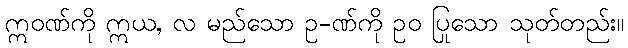
ဣဝဏ်ကို ဣယ, လ မည်သော ဥ-ဏ်ကို ဥဝ ပြုသော သုတ်တည်း။